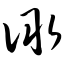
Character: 诹